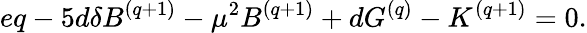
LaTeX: eq-5d\delta B^{(q+1)}-{\mu}^{2}B^{(q+1)}+dG^{(q)}-K^{(q+1)}=0.